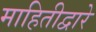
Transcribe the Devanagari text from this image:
माहितीद्वारे